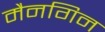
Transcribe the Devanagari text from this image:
मैनगिन